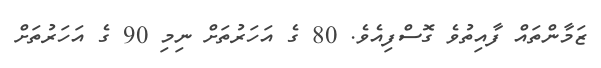
ޒަމާންތައް ފާއިތުވެ ގޮސްފިއެވެ. 80 ގެ އަހަރުތަށް ނިމި 90 ގެ އަހަރުތަށް